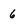
Character: 6